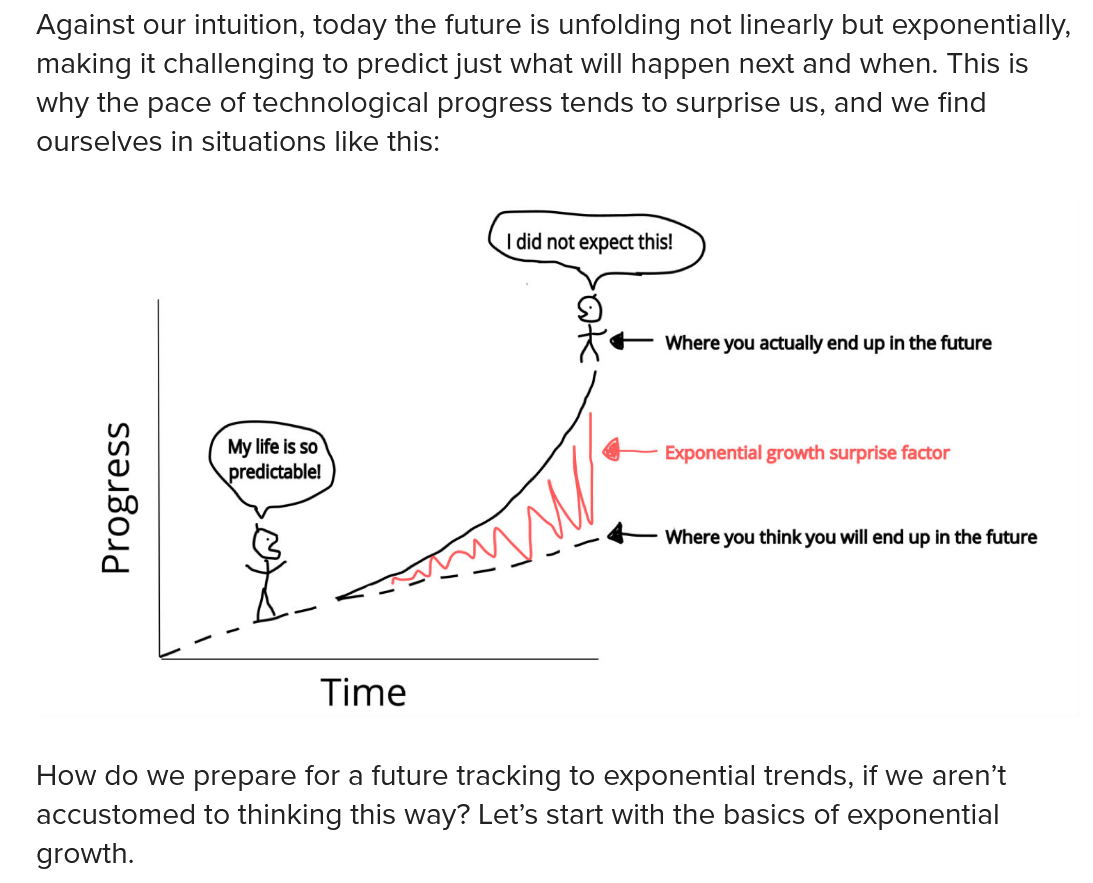
Against our intuition, today the future is unfolding not linearly but exponentially,
   making it challenging to predict just what will happen next and when. This is
   why the pace of technological progress tends to surprise us, and we find
   ourselves in situations like this:
   How  do we prepare for a future tracking to exponential trends, if we aren’t
   accustomed to thinking this way? Let’s start with the basics of exponential
   growth.